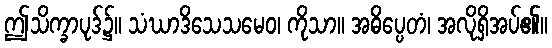
ဤသိက္ခာပုဒ်၌။ သံဃာဒိသေသမေဝ၊ ကိုသာ။ အဓိပ္ပေတံ၊ အလိုရှိအပ်၏။